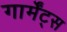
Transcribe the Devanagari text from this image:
गार्मेंट्स